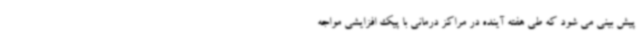
پیش بینی می شود که طی هفته آینده در مراکز درمانی با پیک افزایشی مواجه